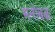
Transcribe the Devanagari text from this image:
मनोबळ